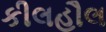
કીલહૌલ